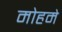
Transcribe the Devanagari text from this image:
मोहमे